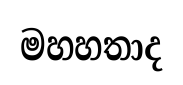
මහහතාද